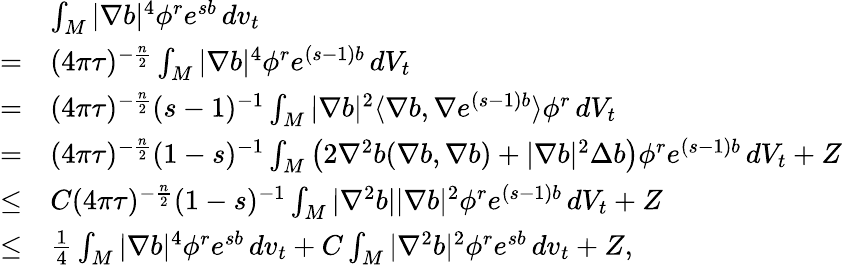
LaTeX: \begin{array}{rl}&{\int_{M}|\nabla b|^{4}\phi^{r}e^{sb}\, dv_{t}}\\ {=}&{(4\pi\tau)^{-\frac n2}\int_{M}|\nabla b|^{4}\phi^{r}e^{(s-1)b}\, dV_{t}}\\ {=}&{(4\pi\tau)^{-\frac n2}(s-1)^{-1}\int_{M}|\nabla b|^{2}\langle\nabla b,\nabla e^{(s-1)b}\rangle\phi^{r}\, dV_{t}}\\ {=}&{(4\pi\tau)^{-\frac n2}(1-s)^{-1}\int_{M}\left(2\nabla^{2}b(\nabla b,\nabla b)+|\nabla b|^{2}\Delta b\right)\phi^{r}e^{(s-1)b}\, dV_{t}+Z}\\ {\le}&{C(4\pi\tau)^{-\frac n2}(1-s)^{-1}\int_{M}|\nabla^{2}b||\nabla b|^{2}\phi^{r}e^{(s-1)b}\, dV_{t}+Z}\\ {\le}&{\frac{1}{4}\int_{M}|\nabla b|^{4}\phi^{r}e^{sb}\, dv_{t}+C\int_{M}|\nabla^{2}b|^{2}\phi^{r}e^{sb}\, dv_{t}+Z,}\end{array}